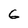
Character: 6